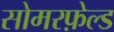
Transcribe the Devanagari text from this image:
सोमरफ़ेल्ड